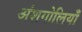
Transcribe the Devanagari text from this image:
अंशगोलियाँ